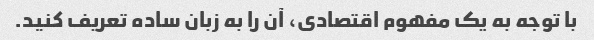
با توجه به یک مفهوم اقتصادی، آن را به زبان ساده تعریف کنید.